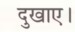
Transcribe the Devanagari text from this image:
दुखाए।